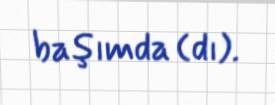
başımda (dı).